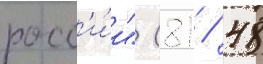
росс'и́и" (81 / 48